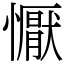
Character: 懨